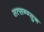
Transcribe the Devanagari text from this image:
सत्सन्ग्सुन